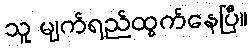
သူ မျက်ရည်ထွက်နေပြီ။